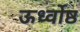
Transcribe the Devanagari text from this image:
ऊर्ध्वोष्ठ